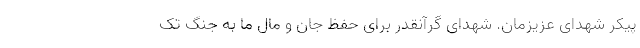
پیکر شهدای عزیزمان. شهدای گرآنقدر برای حفظ جان و مال ما به جنگ تک